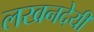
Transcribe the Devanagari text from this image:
लखनदेयी